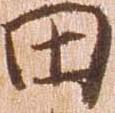
田